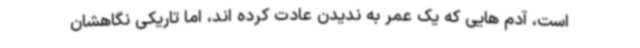
است، آدم هایی که یک عمر به ندیدن عادت کرده اند، اما تاریکی نگاهشان